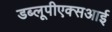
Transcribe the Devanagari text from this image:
डब्लूपीएक्सआई